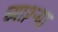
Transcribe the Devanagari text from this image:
च्या२ऱ्या